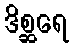
ဒိစ္ဆရေ